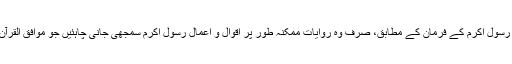
خود رسول اکرم کے فرمان کے مطابق، صرف وہ روایات ممکنہ طور پر اقوال و اعمال رسول اکرم سمجھی جانی چاہئیں جو موافق القرآن ہیں۔